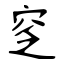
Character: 窆